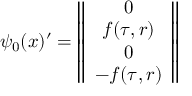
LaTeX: \psi _ { 0 } ( x ) ^ { \prime } = \left\| \begin{array} { c } { { 0 } } \\ { { f ( \tau , r ) } } \\ { { 0 } } \\ { { - f ( \tau , r ) } } \end{array} \right\|